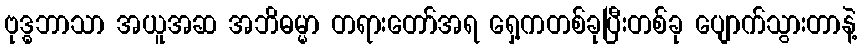
ဗုဒ္ဓဘာသာ အယူအဆ အဘိဓမ္မာ တရားတော်အရ ရှေ့ကတစ်ခုပြီးတစ်ခု ပျောက်သွားတာနဲ့